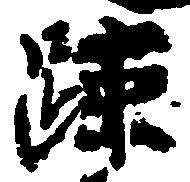
疎